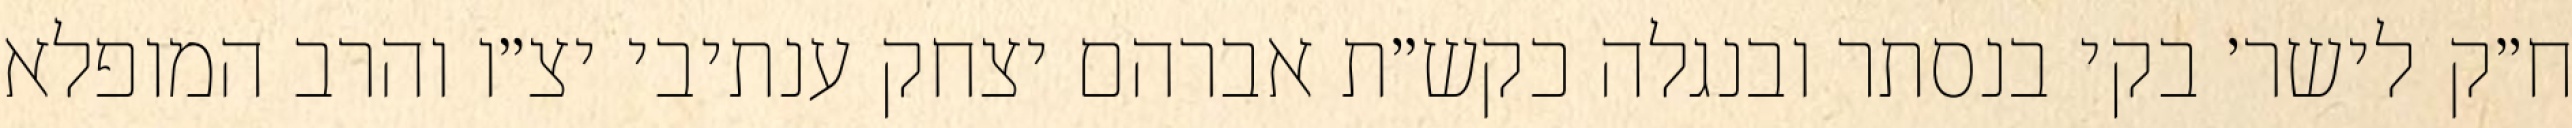
ח״ק לישר׳ בקי בנסתר ובנגלה כקש״ת אברהם יצחק ענתיבי יצ״ו והרב המופלא